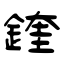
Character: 鍷